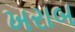
ખરાબ